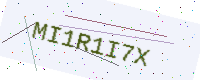
Text: MI1R1I7X